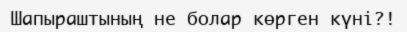
Шапыраштының не болар көрген күні?!